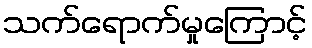
သက်ရောက်မှုကြောင့်